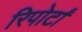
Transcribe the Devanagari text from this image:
रिपोर्टां